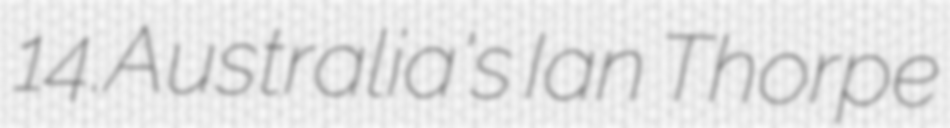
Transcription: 14.Australia's Ian Thorpe